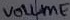
Text: VOLUME